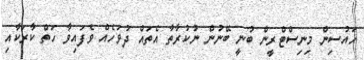
ހައުސިން މިނިސްޓްރީން ބުނީ ބޭނުން ނުކުރާތާ އެތައް ދުވަހެއް ވެފައިވާ ހަތް ކާރަކާއި